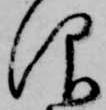
仰